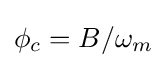
\phi _{c}=B/\omega _{m}